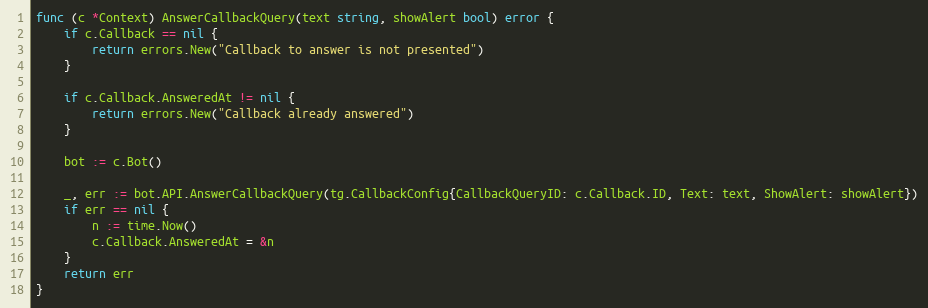
Language: Go
func (c *Context) AnswerCallbackQuery(text string, showAlert bool) error {
	if c.Callback == nil {
		return errors.New("Callback to answer is not presented")
	}

	if c.Callback.AnsweredAt != nil {
		return errors.New("Callback already answered")
	}

	bot := c.Bot()

	_, err := bot.API.AnswerCallbackQuery(tg.CallbackConfig{CallbackQueryID: c.Callback.ID, Text: text, ShowAlert: showAlert})
	if err == nil {
		n := time.Now()
		c.Callback.AnsweredAt = &n
	}
	return err
}